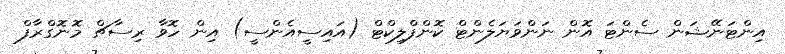
އިންޓަނޭޝަން ސެންޓަ އޮން ނަންވަޔަލެންޓް ކޮންފްލިކްޓް (އައިސީއެންސީ) އިން ހޮވާ ރިސާޗް މޮނޮގްރާފް